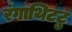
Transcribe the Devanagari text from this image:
रंगाथिटटु